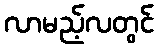
လာမည့်လတွင်